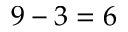
9 - 3 = 6